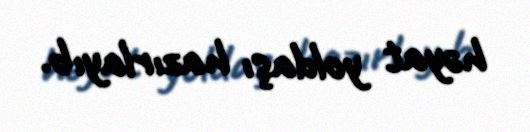
həyat yoldaşı hazırlayıb.